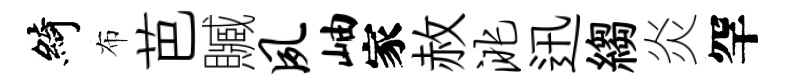
綺布芭贓夙岫家赦洮迅縐炎罕